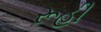
રૂહી